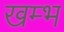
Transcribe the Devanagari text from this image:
खम्‍भ